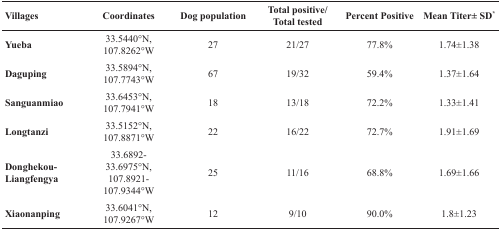
<table><thead><tr><td><b>Villages</b></td><td><b>Coordinates</b></td><td><b>Dog population</b></td><td><b>Total positive/Total tested</b></td><td><b>Percent Positive</b></td><td><b>Mean Titer± SD<sup>*</sup></b></td></tr></thead><tbody><tr><td><b>Yueba</b></td><td>33.5440°N, 107.8262°W</td><td>27</td><td>21/27</td><td>77.8%</td><td>1.74±1.38</td></tr><tr><td><b>Daguping</b></td><td>33.5894°N, 107.7743°W</td><td>67</td><td>19/32</td><td>59.4%</td><td>1.37±1.64</td></tr><tr><td><b>Sanguanmiao</b></td><td>33.6453°N, 107.7941°W</td><td>18</td><td>13/18</td><td>72.2%</td><td>1.33±1.41</td></tr><tr><td><b>Longtanzi</b></td><td>33.5152°N, 107.8871°W</td><td>22</td><td>16/22</td><td>72.7%</td><td>1.91±1.69</td></tr><tr><td><b>Donghekou- Liangfengya</b></td><td>33.6892-33.6975°N, 107.8921-107.9344°W</td><td>25</td><td>11/16</td><td>68.8%</td><td>1.69±1.66</td></tr><tr><td><b>Xiaonanping</b></td><td>33.6041°N, 107.9267°W</td><td>12</td><td>9/10</td><td>90.0%</td><td>1.8±1.23</td></tr></tbody></table>